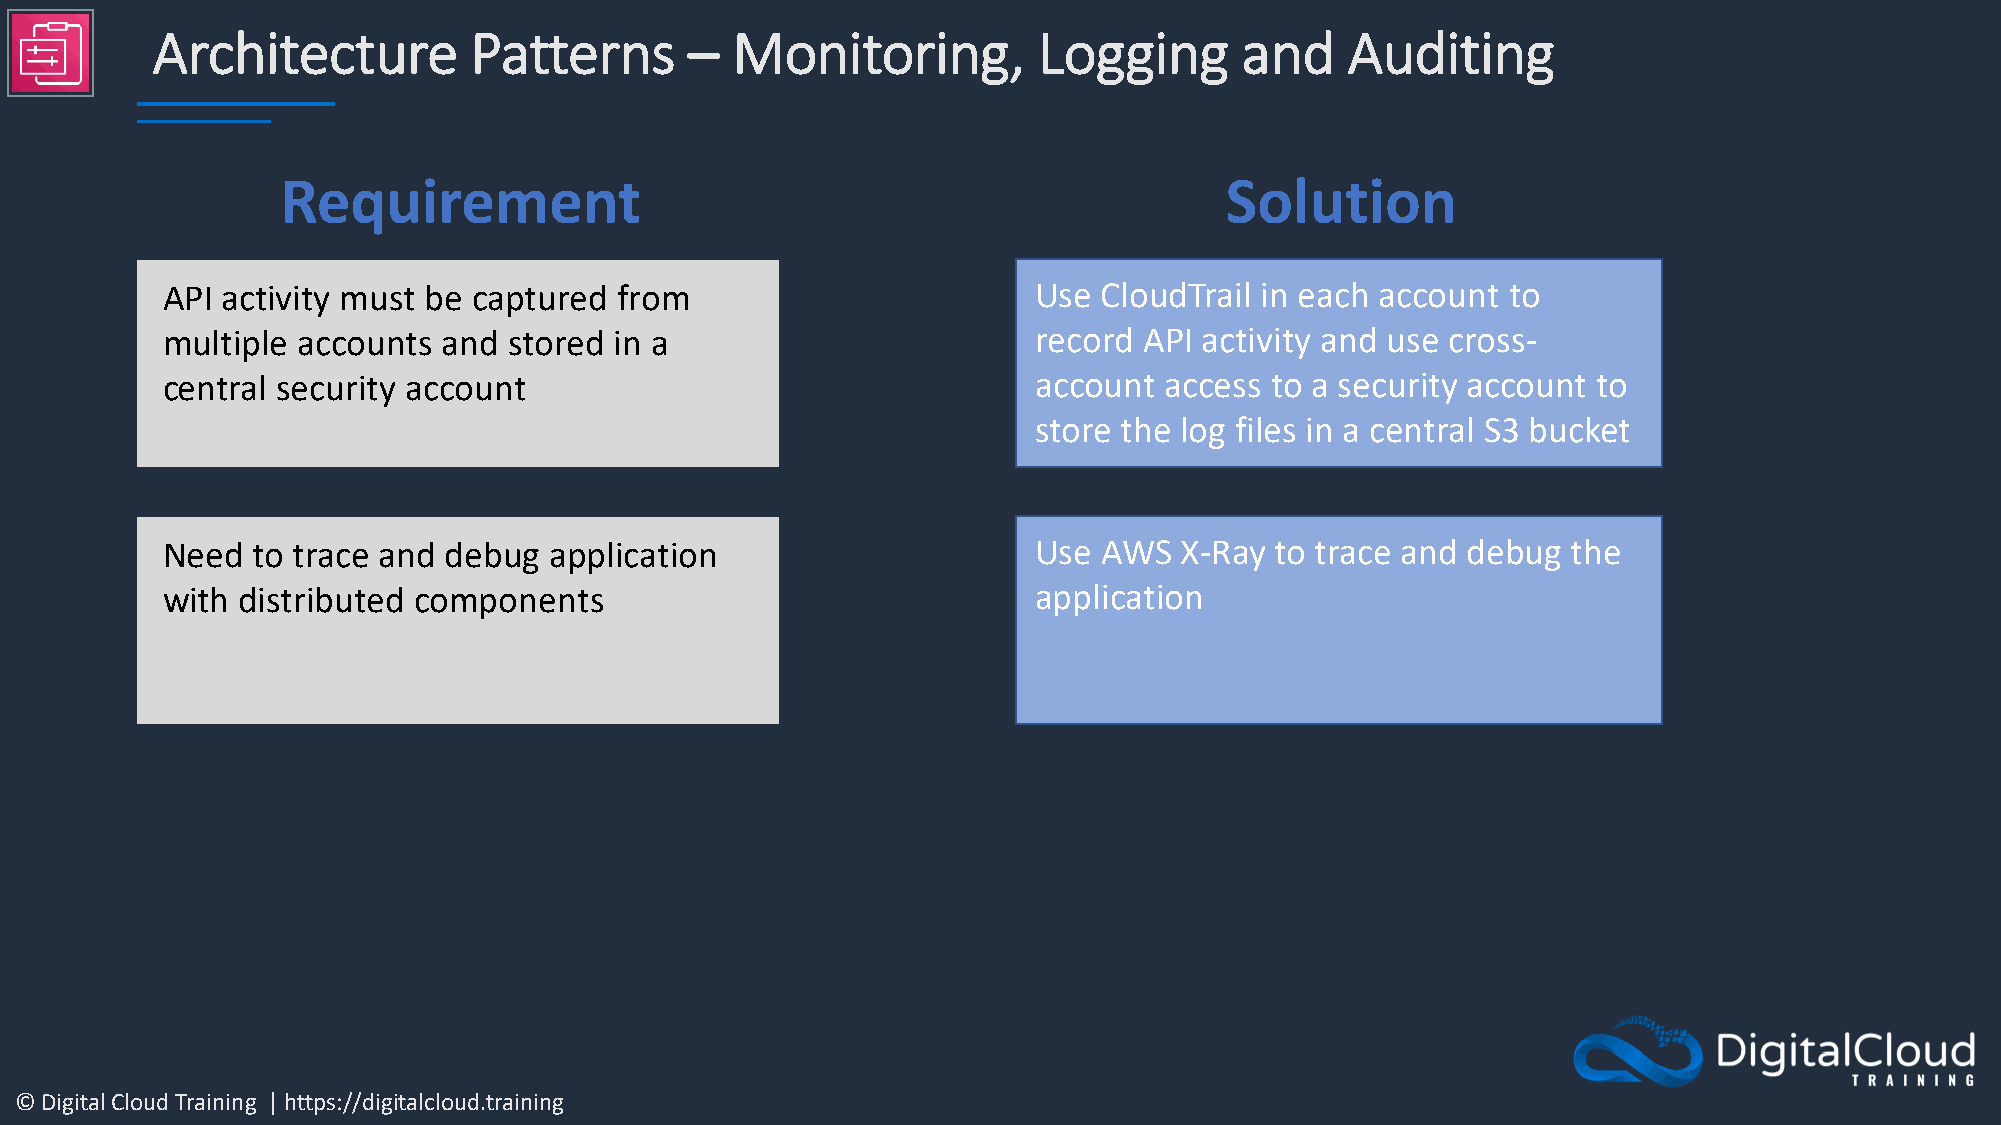
Architecture         Patterns       – Monitoring,          Logging      and    Auditing
 Requirement                                                   Solution
 API activity must be captured from                        Use CloudTrail in each account to
 multiple accounts and  stored in a                        record API activity and use cross-
 central security account                                  account access to a security account to
 store the log files in a central S3 bucket
 Need  to trace and debug application                      Use AWS  X-Ray to trace and debug  the
 with distributed components                               application
 © Digital Cloud Training | https://digitalcloud.training